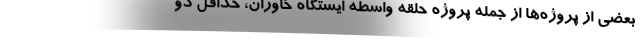
بعضی از پروژه‌ها از جمله پروژه حلقه واسطه ایستگاه خاوران، حداقل دو